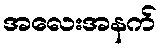
အလေးအနက်